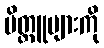
မိတ္တူများကို